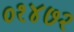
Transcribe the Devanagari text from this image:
०१४७२